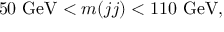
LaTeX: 5 0 ~ \mathrm { G e V } < m ( j j ) < 1 1 0 ~ \mathrm { G e V } ,